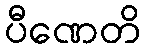
ပီဏေတိ